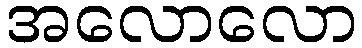
အလောလော